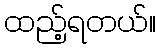
ထည့်ရတယ်။